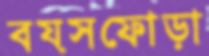
বয়সফোড়া